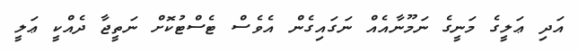
އަދި ޢަލީގެ މަނީގެ ނަމޫނާއެއް ނަގައިގެން އެވެސް ޓެސްޓުކޮށް ނަތީޖާ ދެއްކީ ޢަލީ